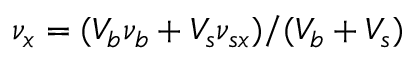
\nu _ { x } = ( V _ { b } \nu _ { b } + V _ { s } \nu _ { s x } ) / ( V _ { b } + V _ { s } )